Burma Government Medical School reports 1923-41
Year: 1923
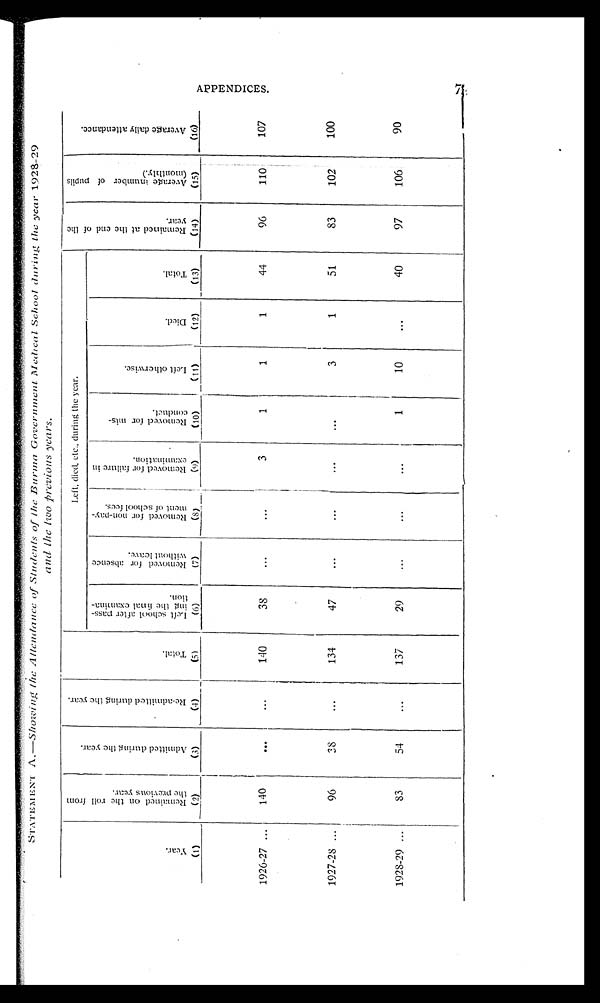
Year .
(1)
R e m a i n e d o n t h e r o l l f r o m t h e p r e v i o u s y e a r .
(2)
A d m i t t e d d u r i n g t h e y e a r .
(3)
R e - a d m i t t e d d u r i n g t h e y e a r .
( 4)
Tot al .
(5)
Left, died, etc., during the year.
R e m a i n e d a t t h e e n d o f t h e y e a r .
(14)
A v e r a g e n u m b e r o f p u p i l s ( m o n t h l y . )
(15)
A v e r a g e d a i l y a t t e n d a n c e .
(16)
L e f t s c h o o l a f t e r p a s s - i n g t h e f i n a l e x a m i n a - t i o n .
(6)
R e m o v e d f o r a b s e n c e w i t h o u t l e a v e .
(7)
R e m o v e d f o r t h e n o n - p a y - m e n t o f s c h o o l f e e s .
(8)
R e m o v e d f o r f a i l u r e i n e x a m i n a t i o n .
(9)
R e m o v e d f o r m i s - c o n d u c t .
(10)
L e f t o t h e r w i s e .
(11)
Di ed.
(12)
Tot al .
(13)
1926-27
140
...
...
140
38
...
...
3
1
1
1
44
96
110
107
1927-28
96
38
...
134
47
...
...
...
...
3
1
51
83
102
100
1928-29
83
54
...
137
29
...
...
...
1
10
...
40
97
106
90
APPENDI CES.